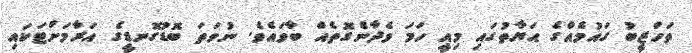
ތަހްޒީބު ގައުމެއްގެ ޙަޔާތުގައި މިއީ ހަމަ ވެދާނެގޮތެއް ބާވައެވެ. ނުވަތަ ބޮޑުގޮނޑީގެ އަރާމަށްޓަކައި